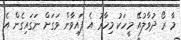
މާ ރޯ ދުވާލުއޭ މީހަކު މިހާރު އެ ފައިވާން ވަގަށް ނަގައިގެން އެ